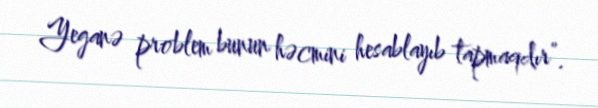
Yeganə problem bunun həcmini hesablayıb tapmaqdır”.